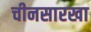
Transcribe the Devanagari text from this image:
चीनसारखा